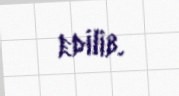
edilib.